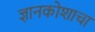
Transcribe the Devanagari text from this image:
ज्ञानकोशाचा